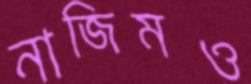
নাজিমও